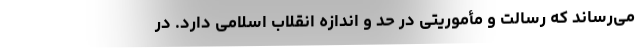
می‌رساند که رسالت و مأموریتی در حد و اندازه انقلاب اسلامی دارد. در